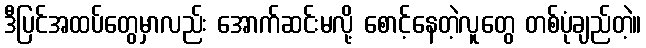
ဒီပြင်အထပ်တွေမှာလည်း အောက်ဆင်းမလို့ စောင့်နေတဲ့လူတွေ တစ်ပုံချည်တဲ့။